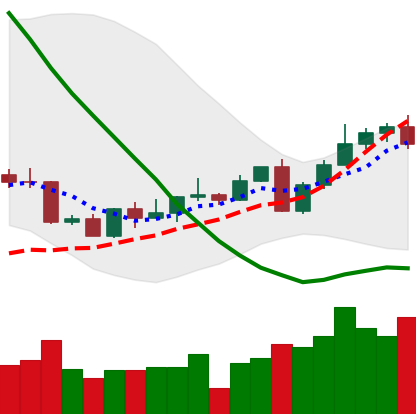
Ticker: LINK-USD
Chart end date: 2022-09-12
Forward return: 4.616%
Label: up_3_5